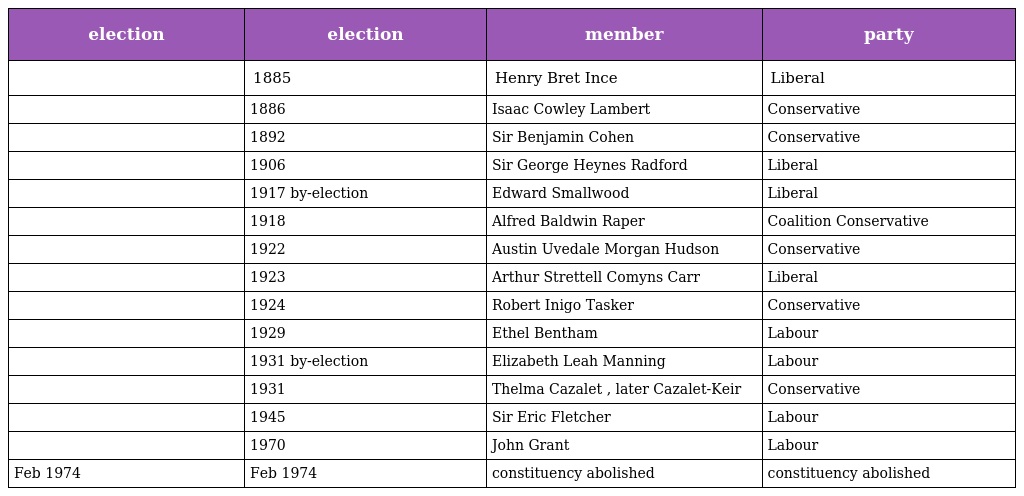
| election | election | member | party |
 | --- | --- | --- | --- |
 |  | 1885 | Henry Bret Ince | Liberal |
 |  | 1886 | Isaac Cowley Lambert | Conservative |
 |  | 1892 | Sir Benjamin Cohen | Conservative |
 |  | 1906 | Sir George Heynes Radford | Liberal |
 |  | 1917 by-election | Edward Smallwood | Liberal |
 |  | 1918 | Alfred Baldwin Raper | Coalition Conservative |
 |  | 1922 | Austin Uvedale Morgan Hudson | Conservative |
 |  | 1923 | Arthur Strettell Comyns Carr | Liberal |
 |  | 1924 | Robert Inigo Tasker | Conservative |
 |  | 1929 | Ethel Bentham | Labour |
 |  | 1931 by-election | Elizabeth Leah Manning | Labour |
 |  | 1931 | Thelma Cazalet , later Cazalet-Keir | Conservative |
 |  | 1945 | Sir Eric Fletcher | Labour |
 |  | 1970 | John Grant | Labour |
 | Feb 1974 | Feb 1974 | constituency abolished | constituency abolished |